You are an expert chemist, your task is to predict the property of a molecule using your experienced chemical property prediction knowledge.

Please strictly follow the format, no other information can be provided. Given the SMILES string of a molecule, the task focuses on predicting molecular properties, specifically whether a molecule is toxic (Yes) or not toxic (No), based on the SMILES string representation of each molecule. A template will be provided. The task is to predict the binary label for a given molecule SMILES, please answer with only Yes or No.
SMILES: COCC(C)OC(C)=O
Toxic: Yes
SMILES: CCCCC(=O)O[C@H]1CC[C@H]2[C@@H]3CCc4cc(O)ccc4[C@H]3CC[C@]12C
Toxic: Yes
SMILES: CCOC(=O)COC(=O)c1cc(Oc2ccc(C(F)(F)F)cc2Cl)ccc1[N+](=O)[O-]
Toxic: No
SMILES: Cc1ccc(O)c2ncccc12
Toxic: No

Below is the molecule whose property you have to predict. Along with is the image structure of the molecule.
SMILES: CN1[C@H]2CC[C@@H]1C[C@H](OC1c3ccccc3CCc3ccccc31)C2.O=C(O)CC(O)(CC(=O)O)C(=O)O
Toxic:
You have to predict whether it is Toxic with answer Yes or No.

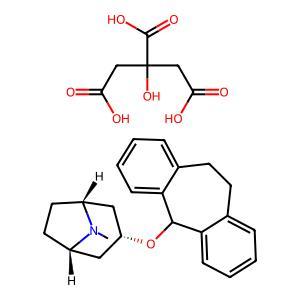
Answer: No